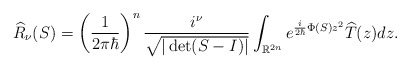
\begin{align*}\widehat{R}_{\nu}(S)=\left( \frac{1}{2\pi\hbar}\right) ^{n}\frac{i^{\nu}}{\sqrt{|\det(S-I)|}}\int_{\mathbb{R}^{2n}}e^{\frac{i}{2\hbar}\Phi(S)z^{2}}\widehat{T}(z)dz. \end{align*}